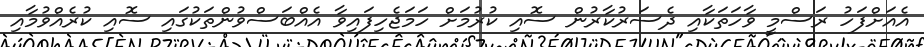
އެއަށްފަހު ރަސްމީ ވާހަތަކާއި ދެސަރުކާރުން ސޮއި ކުރުމަށް ހަމަޖެހިފައިވާ އެއްބަސްވުންތަކުގައި ސޮއި ކުރެއްވުމާއި